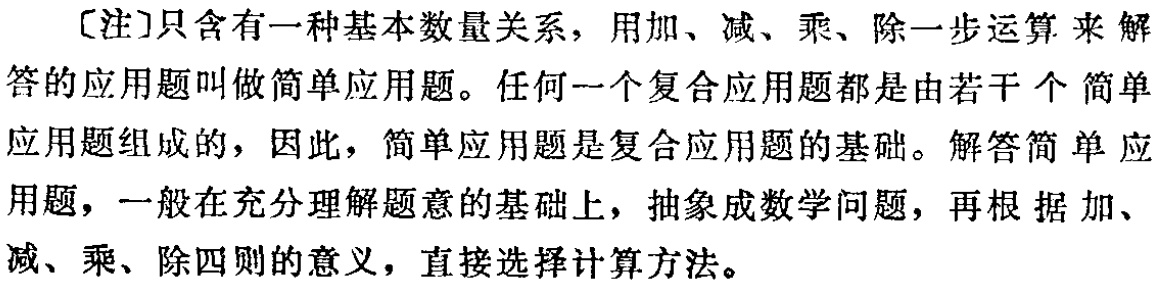
[注]只含有一种基本数量关系，用加、减、乘、除一步运算 来 解

答的应用题叫做简单应用题。任何一个复合应用题都是由若干 个 简单

应用题组成的，因此，简单应用题是复合应用题的基础。解答简 单 应

用题，一般在充分理解题意的基础上，抽象成数学问题，再根 据 加、

减、乘、除四则的意义，直接选择计算方法。